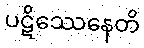
ပဋိဿေနေတိ